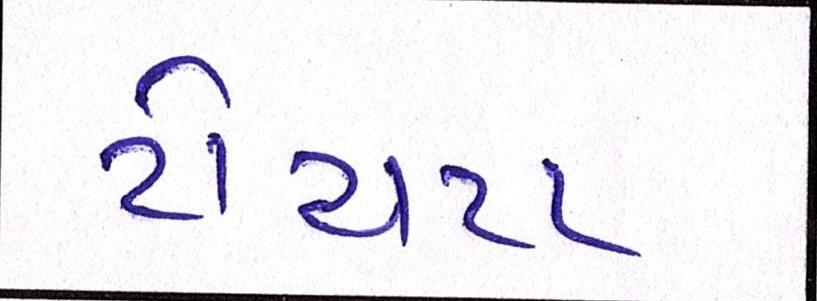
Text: ટોયટા